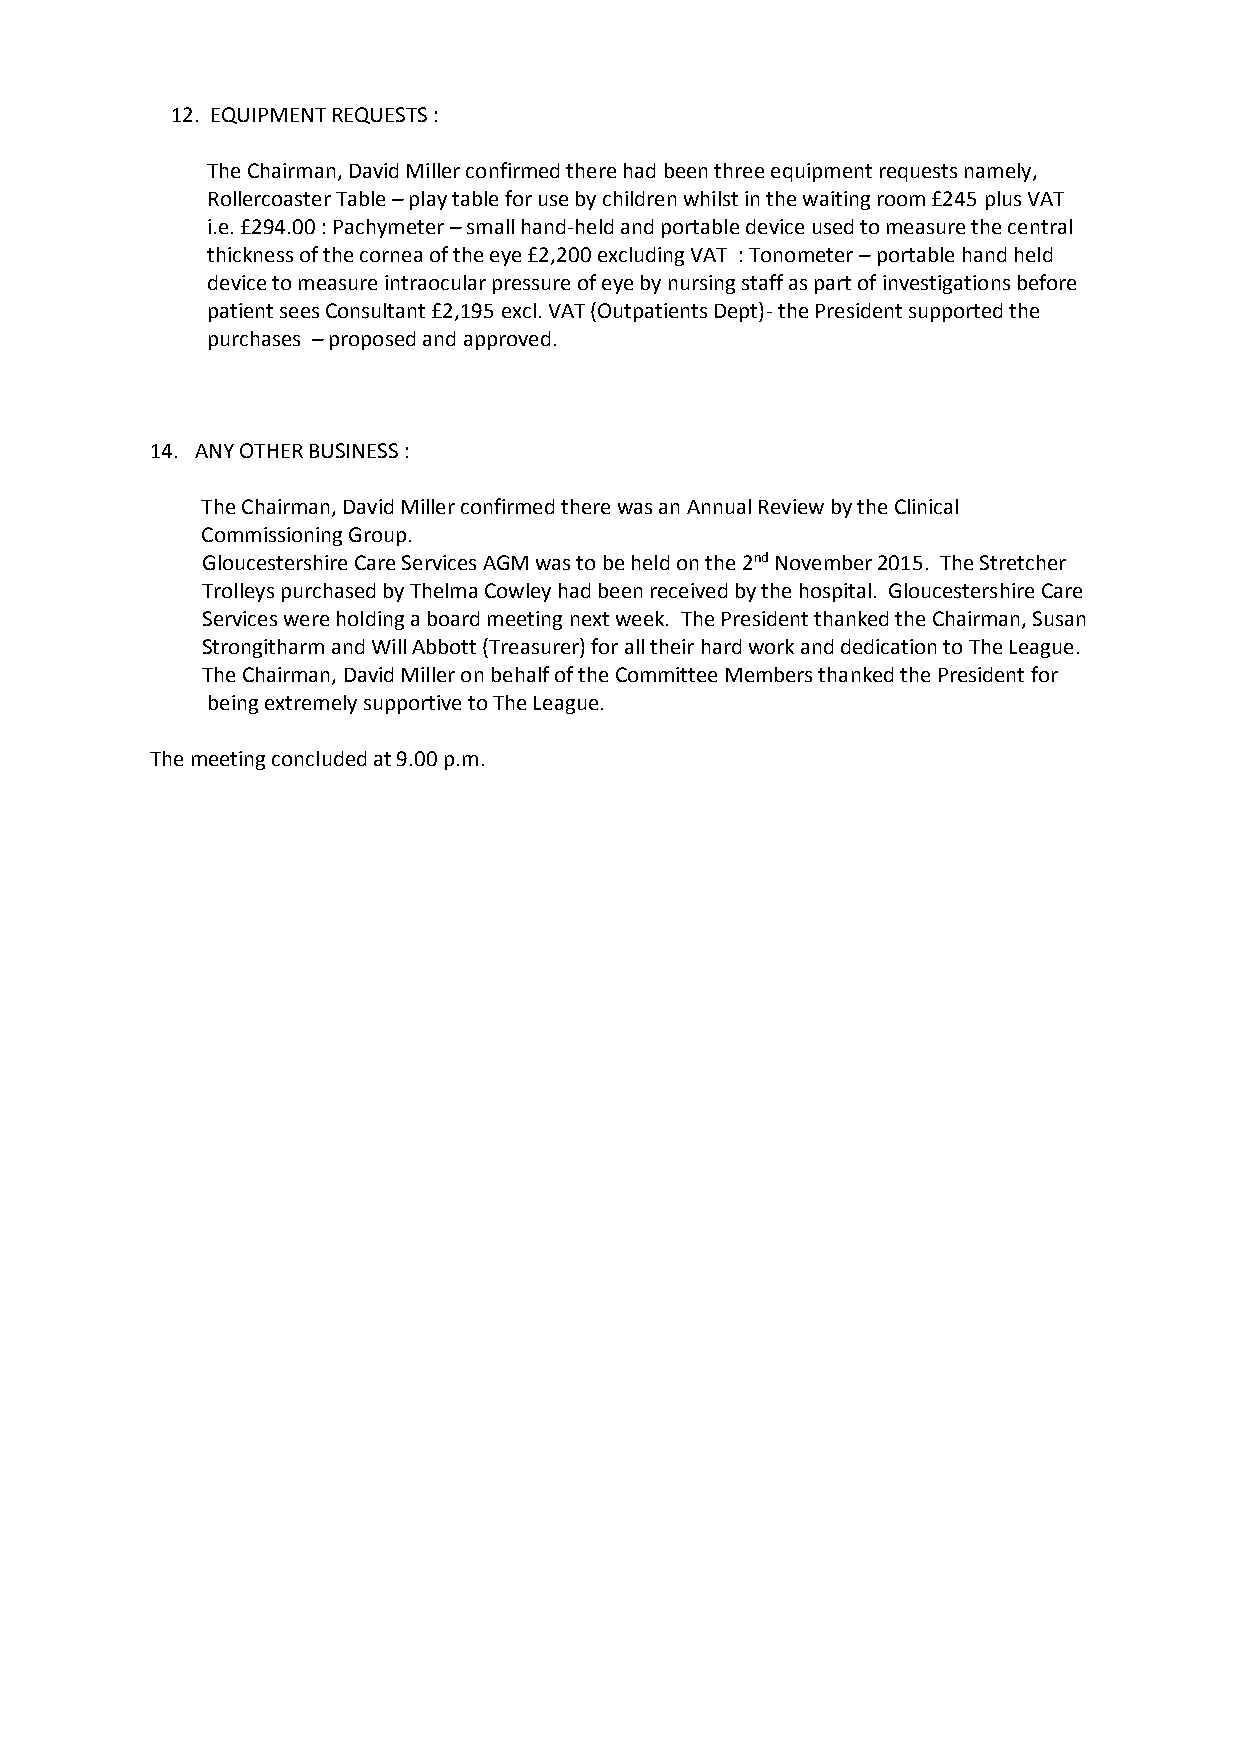
12. EQUIPMENT REQUESTS :
 The Chairman, David Miller confirmed there had been three equipment requests namely,
 Rollercoaster Table–play table for use by children whilst in the waiting room £245 plus VAT
 i.e. £294.00 : Pachymeter–small hand-held and portable device used to measure the central
 thickness of the cornea of the eye £2,200 excluding VAT : Tonometer–portable hand held
 device to measure intraocular pressure of eye by nursing staff as part of investigations before
 patient sees Consultant £2,195 excl. VAT (Outpatients Dept)-the President supported the
 purchases –proposed and approved.
 14. ANY OTHER BUSINESS :
 The Chairman, David Miller confirmed there was an Annual Review by the Clinical
 Commissioning Group.
 Gloucestershire Care Services AGM was to be held on the 2ndNovember 2015. The Stretcher
 Trolleys purchased by Thelma Cowley had been received by the hospital. Gloucestershire Care
 Services were holding a board meeting next week. The President thanked the Chairman, Susan
 Strongitharm and Will Abbott (Treasurer) for all their hard work and dedication to The League.
 The Chairman, David Miller on behalf of the Committee Members thanked the President for
 being extremely supportive to The League.
 The meeting concluded at 9.00 p.m.